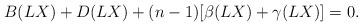
LaTeX: \begin{align*}B(LX)+D(LX)+(n-1)[\beta(LX)+\gamma(LX)]=0. \end{align*}